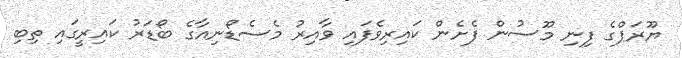
ޔޫރަޕްގެ ފިނި މޫސުން ފެށެން ކައިރިވެފައި ވާއިރު މެސެޑޯނިއާގެ ބޯޑަރު ކައިރީގައި ތިބި